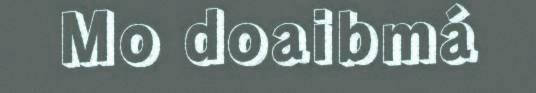
Mo doaibmá